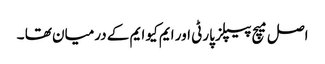
اصل میچ پیپلز پارٹی اور ایم کیو ایم کے درمیان تھا ۔